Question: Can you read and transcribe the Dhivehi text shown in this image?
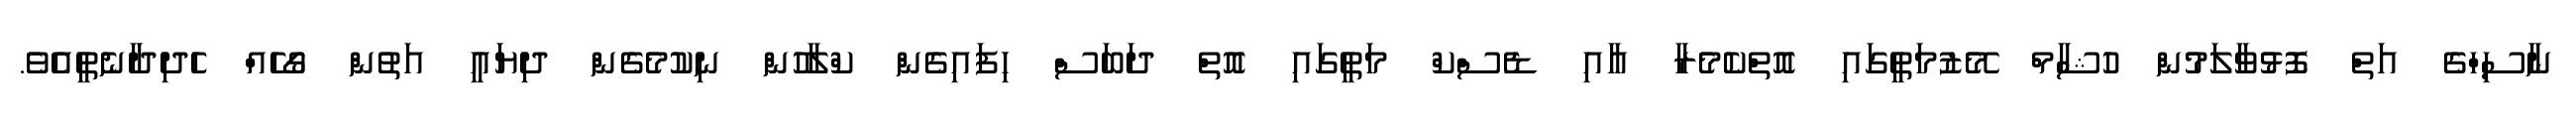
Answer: ނާސިހްގެ އަތް ފޮޅުވާލަމުން ހުޝާމް މޭޒުމަތީގައި އޮތްކެމެރާ އާއި ޑެސްކް މަތީގައި އޮތް ދަބަސް ހިފައިގެން ކްލާހުން ނިކުމެގެން ދިޔައީ އަތުން ގޯހެއް ހެދިދާނެތީއެވެ.